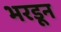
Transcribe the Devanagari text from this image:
भरडून